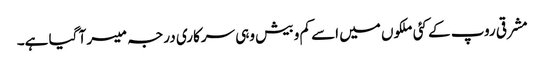
مشرقی روپ کے کئی ملکوں میں اسے کم و بیش وہی سرکاری درجہ میسر آ گیا ہے۔